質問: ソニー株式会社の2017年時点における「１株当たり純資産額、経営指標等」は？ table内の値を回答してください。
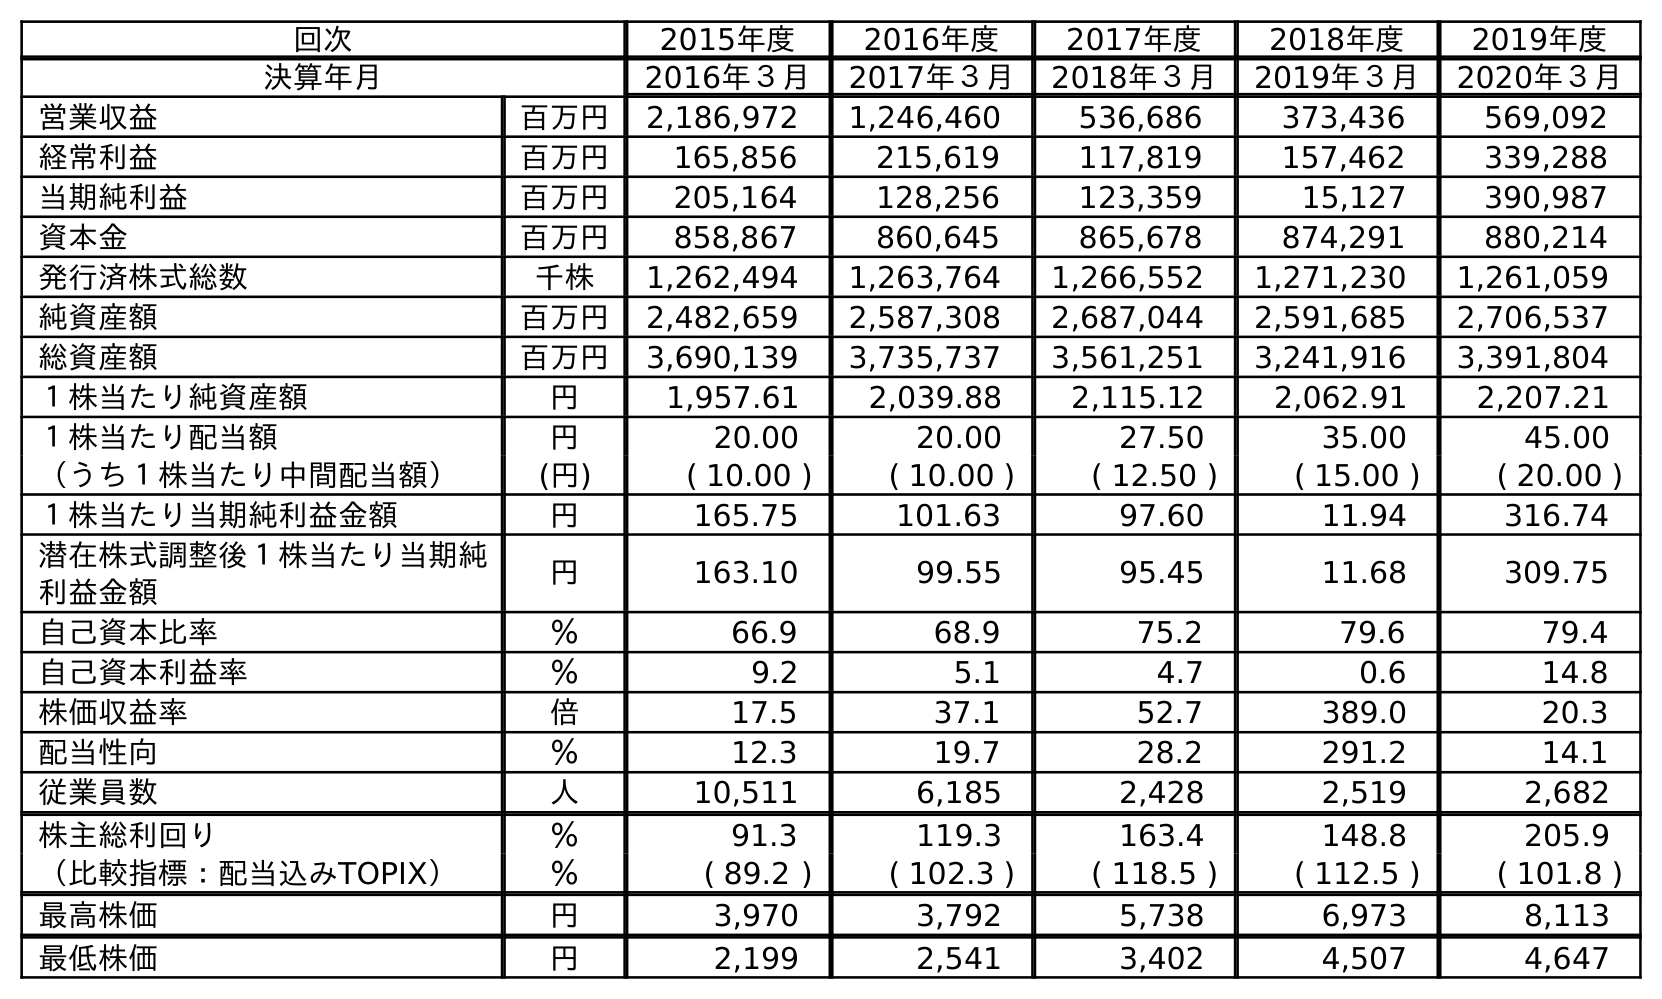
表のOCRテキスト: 回次 2015年度 2016年度 2017年度 2018年度 2019年度 決算年月 2016年３月 2017年３月 2018年３月 2019年３月 2020年３月 営業収益 百万円 2,186,972 1,246,460 536,686 373,436 569,092 経常利益 百万円 165,856 215,619 117,819 157,462 339,288 当期純利益 百万円 205,164 128,256 123,359 15,127 390,987 資本金 百万円 858,867 860,645 865,678 874,291 880,214 発行済株式総数 千株 1,262,494 1,263,764 1,266,552 1,271,230 1,261,059 純資産額 百万円 2,482,659 2,587,308 2,687,044 2,591,685 2,706,537 総資産額 百万円 3,690,139 3,735,737 3,561,251 3,241,916 3,391,804 １株当たり純資産額 円 1,957.61 2,039.88 2,115.12 2,062.91 2,207.21 １株当たり配当額 円 20.00 20.00 27.50 35.00 45.00 （うち１株当たり中間配当額） (円) ( 10.00 ) ( 10.00 ) ( 12.50 ) ( 15.00 ) ( 20.00 ) １株当たり当期純利益金額 円 165.75 101.63 97.60 11.94 316.74 潜在株式調整後１株当たり当期純 利益金額 円 163.10 99.55 95.45 11.68 309.75 自己資本比率 ％ 66.9 68.9 75.2 79.6 79.4 自己資本利益率 ％ 9.2 5.1 4.7 0.6 14.8 株価収益率 倍 17.5 37.1 52.7 389.0 20.3 配当性向 ％ 12.3 19.7 28.2 291.2 14.1 従業員数 人 10,511 6,185 2,428 2,519 2,682 株主総利回り ％ 91.3 119.3 163.4 148.8 205.9 （比較指標：配当込みTOPIX） ％ ( 89.2 ) ( 102.3 ) ( 118.5 ) ( 112.5 ) ( 101.8 ) 最高株価 円 3,970 3,792 5,738 6,973 8,113 最低株価 円 2,199 2,541 3,402 4,507 4,647
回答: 2,039.88